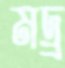
মদ্র্র